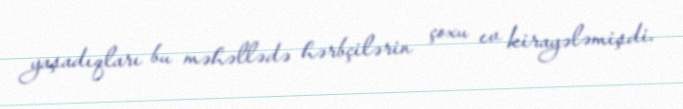
yaşadıqları bu məhəllədə hərbçilərin çoxu ev kirayələmişdi.